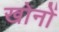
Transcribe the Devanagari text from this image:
खोनों